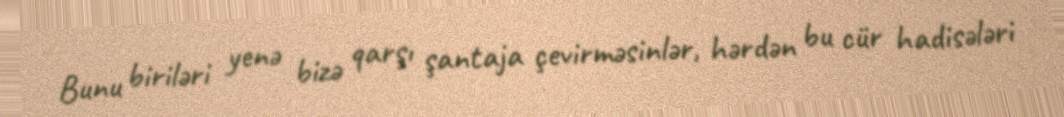
Bunu biriləri yenə bizə qarşı şantaja çevirməsinlər, hərdən bu cür hadisələri